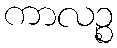
ကာလဉ္စ